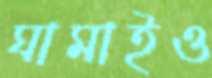
ঘামাইও